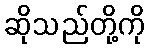
ဆိုသည်တို့ကို